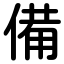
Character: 備